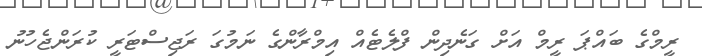
ރީމްގެ ބައްޕަ ރީމް އަށް ގަނެދިން ފްލެޓެއް އިމްރާންގެ ނަމުގަ ރަޖިސްޓަރީ ކުރަންޖެހުނު